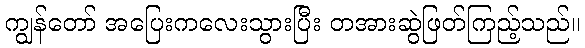
ကျွန်တော် အပြေးကလေးသွားပြီး တအားဆွဲဖြတ်ကြည့်သည်။